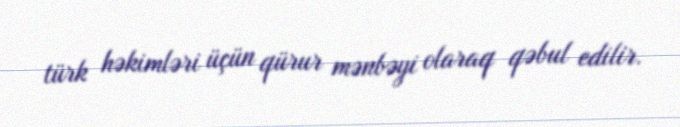
türk həkimləri üçün qürur mənbəyi olaraq qəbul edilir.